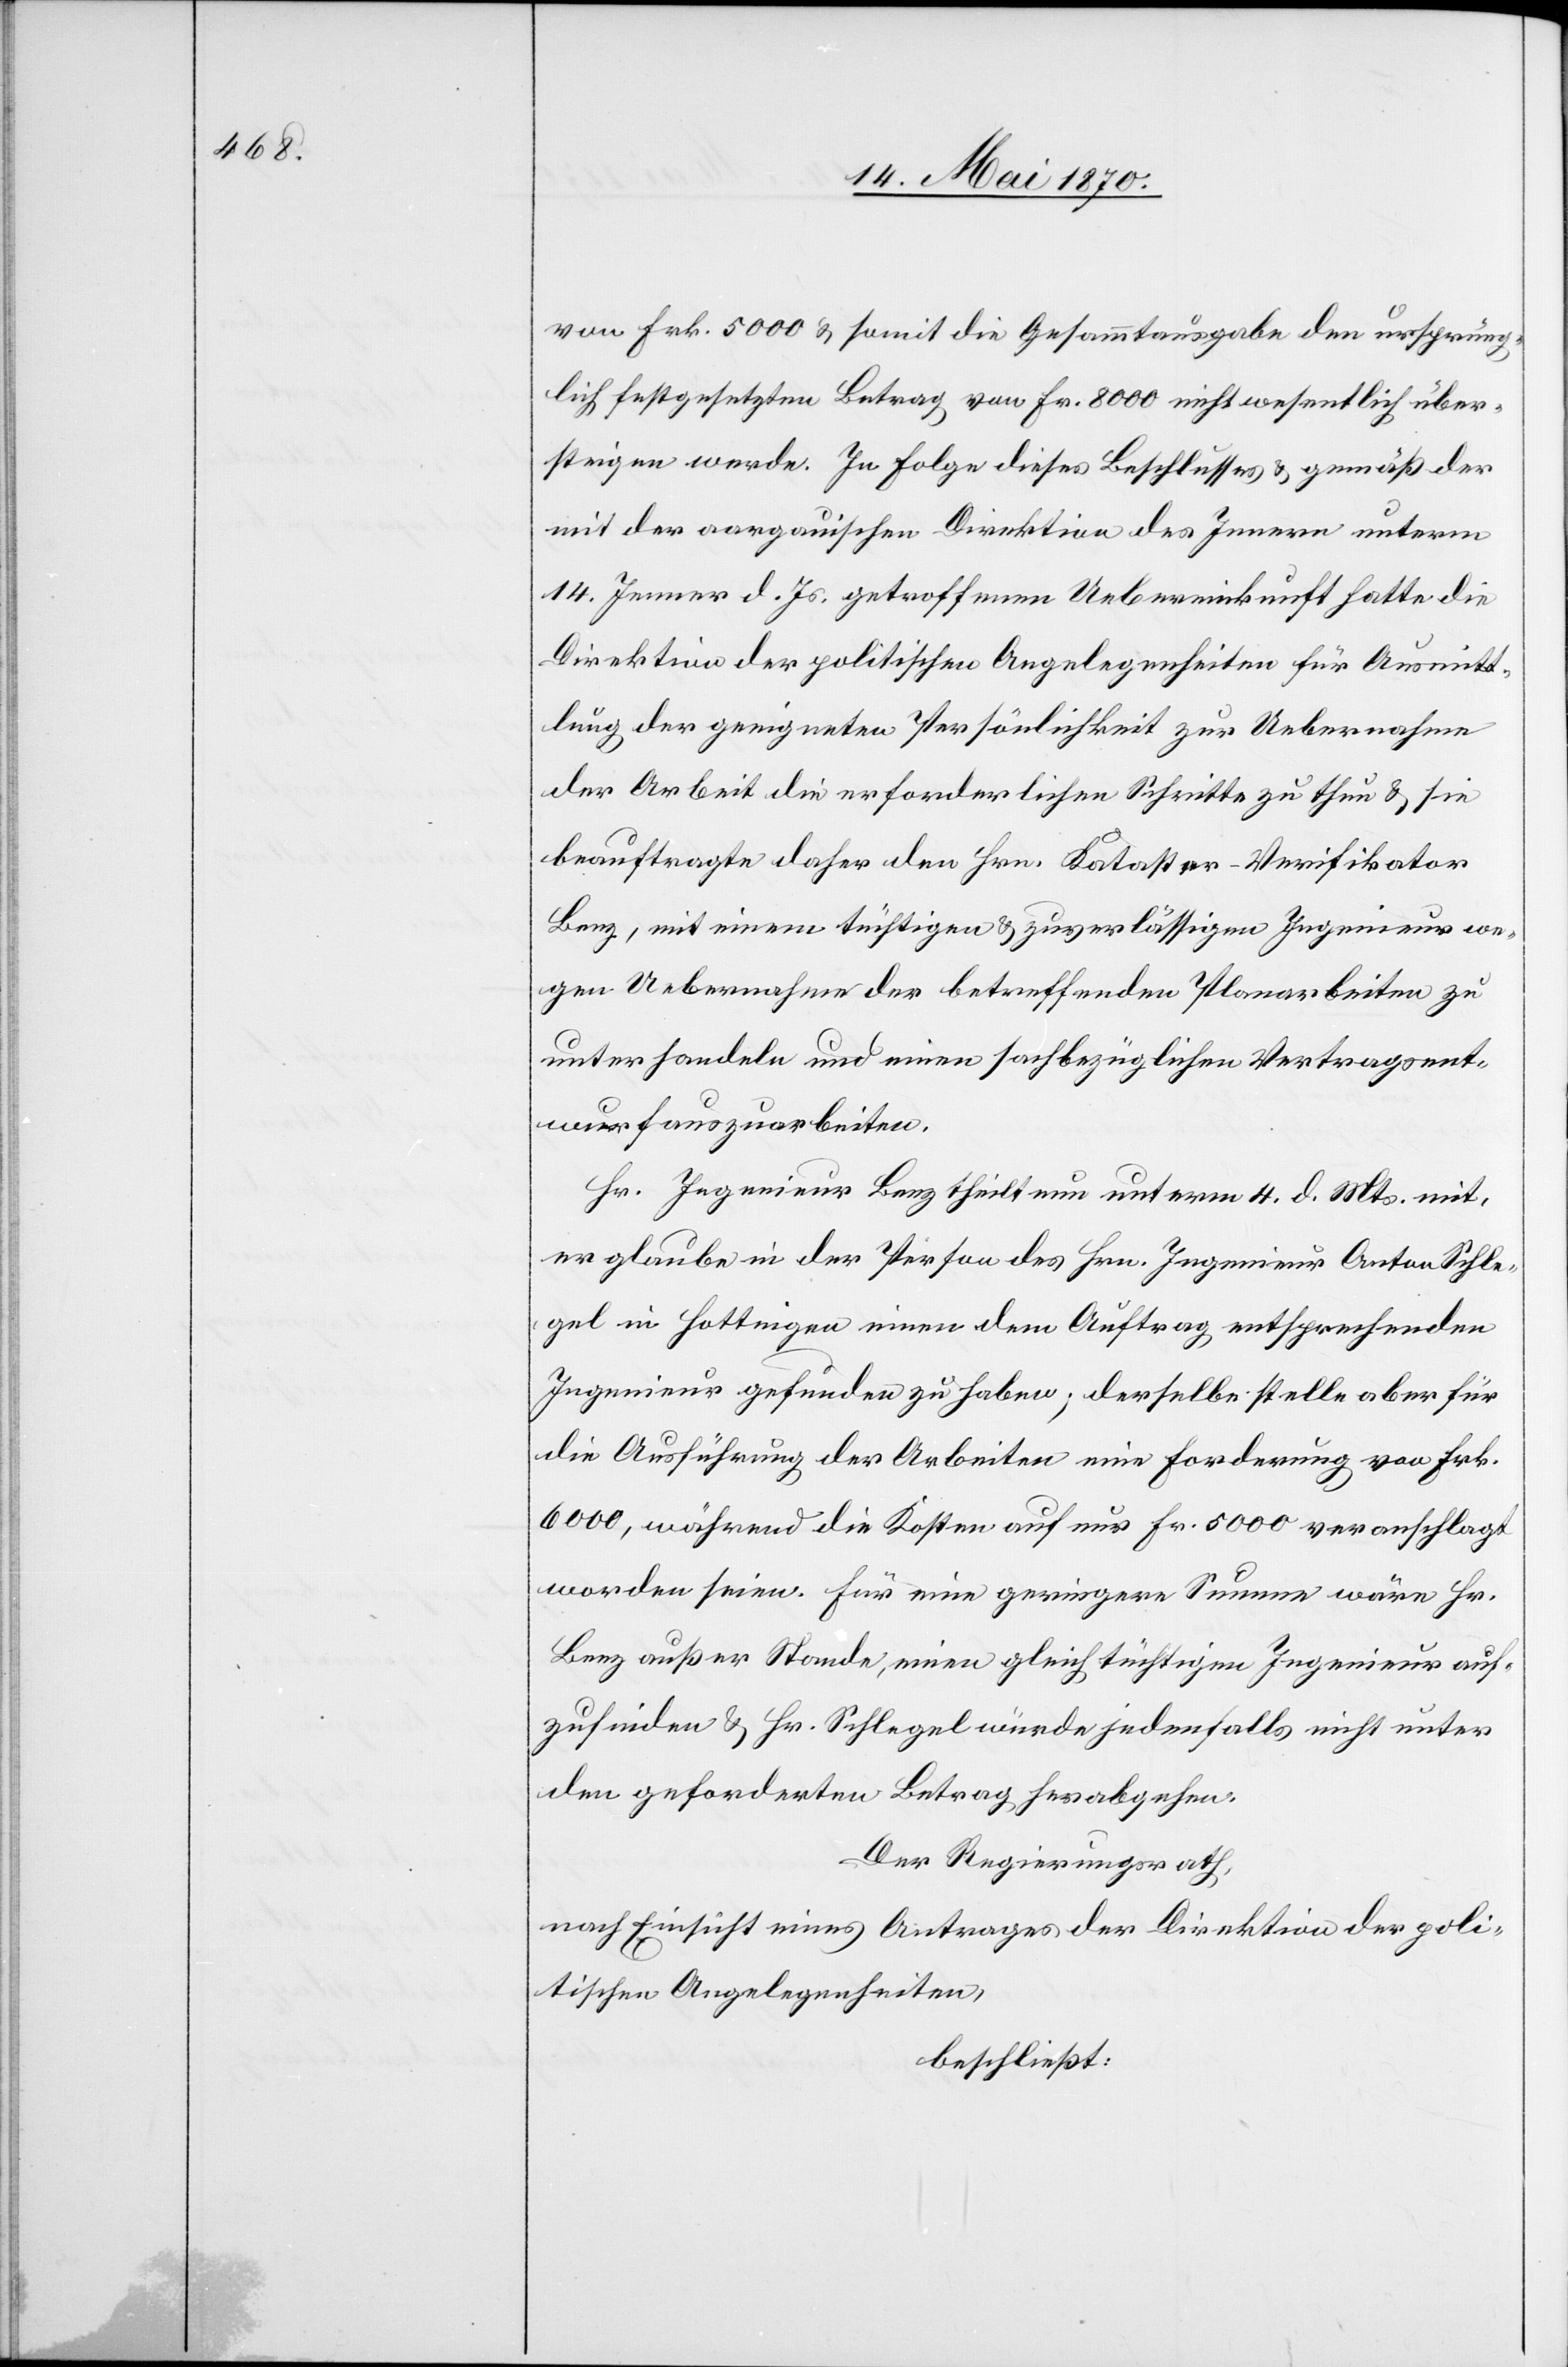
von Frk. 5000 & somit die Gesammtausgabe den ursprüng¬
lich festgesetzten Betrag von Fr. 8000 nicht wesentlich über¬
steigen werde. In Folge dieses Beschlusses & gemäß der
mit der aargauischen Direktion des Innern unterm
14. Jener d. Js. getroffenen Uebereinkunft hatte die
Direktion der politischen Angelegenheiten für Ausmitt¬
lung der geeigneten Persönlichkeit zur Uebernahme
der Arbeit die erforderlichen Schritte zu thun & sie
beauftragte daher den Hrn. Kataster-Verifikator
Benz, mit einem tüchtigen & zuverlässigen Ingenieur we¬
gen Uebernahme der betreffenden Planarbeiten zu
unterhandeln und einen sachbezüglichen Vertragsent¬
wurf auszuarbeiten.
Hr. Ingenieur Benz theilt nun unterm 4. d. Mts. mit,
er glaube in der Person des Hrn. Ingenieur Anton Schle¬
gel in Hottingen einen dem Auftrag entsprechenden
Ingenieur gefunden zu haben; derselbe stelle aber für
die Ausführung der Arbeiten eine Forderung von Frk.
6000, während die Kosten auf nur Fr. 5000 veranschlagt
worden seien. Für eine geringere Summe wäre Hr.
Benz außer Stande, einen gleich tüchtigen Ingenieur auf¬
zufinden & Hr. Schlegel würde jedenfalls nicht unter
den geforderten Betrag herabgehen.
Der Regierungsrath,
nach Einsicht eines Antrages der Direktion der poli¬
tischen Angelegenheiten,
beschließt: